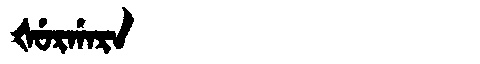
Manchu: ᡧᡠᡵᡤᠠᡵᠠ
Romanization: ŠURGARA